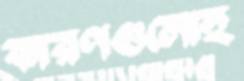
কারণগুলোই